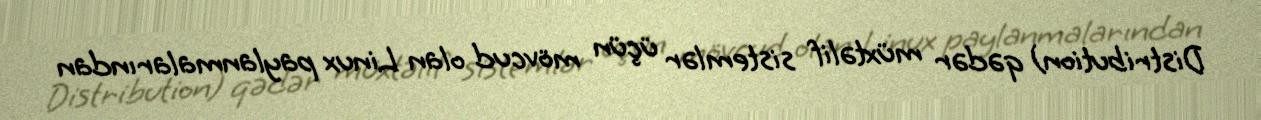
Distribution) qədər müxtəlif sistemlər üçün mövcud olan Linux paylanmalarından